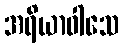
အရိယာဝါသေ